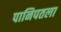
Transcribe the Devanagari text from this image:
पानिपतला